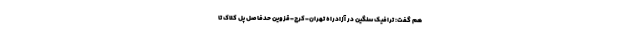
هم گفت: ترافیک سنگین در آزادراه تهران-کرج-قزوین حدفاصل پل کلاک تا